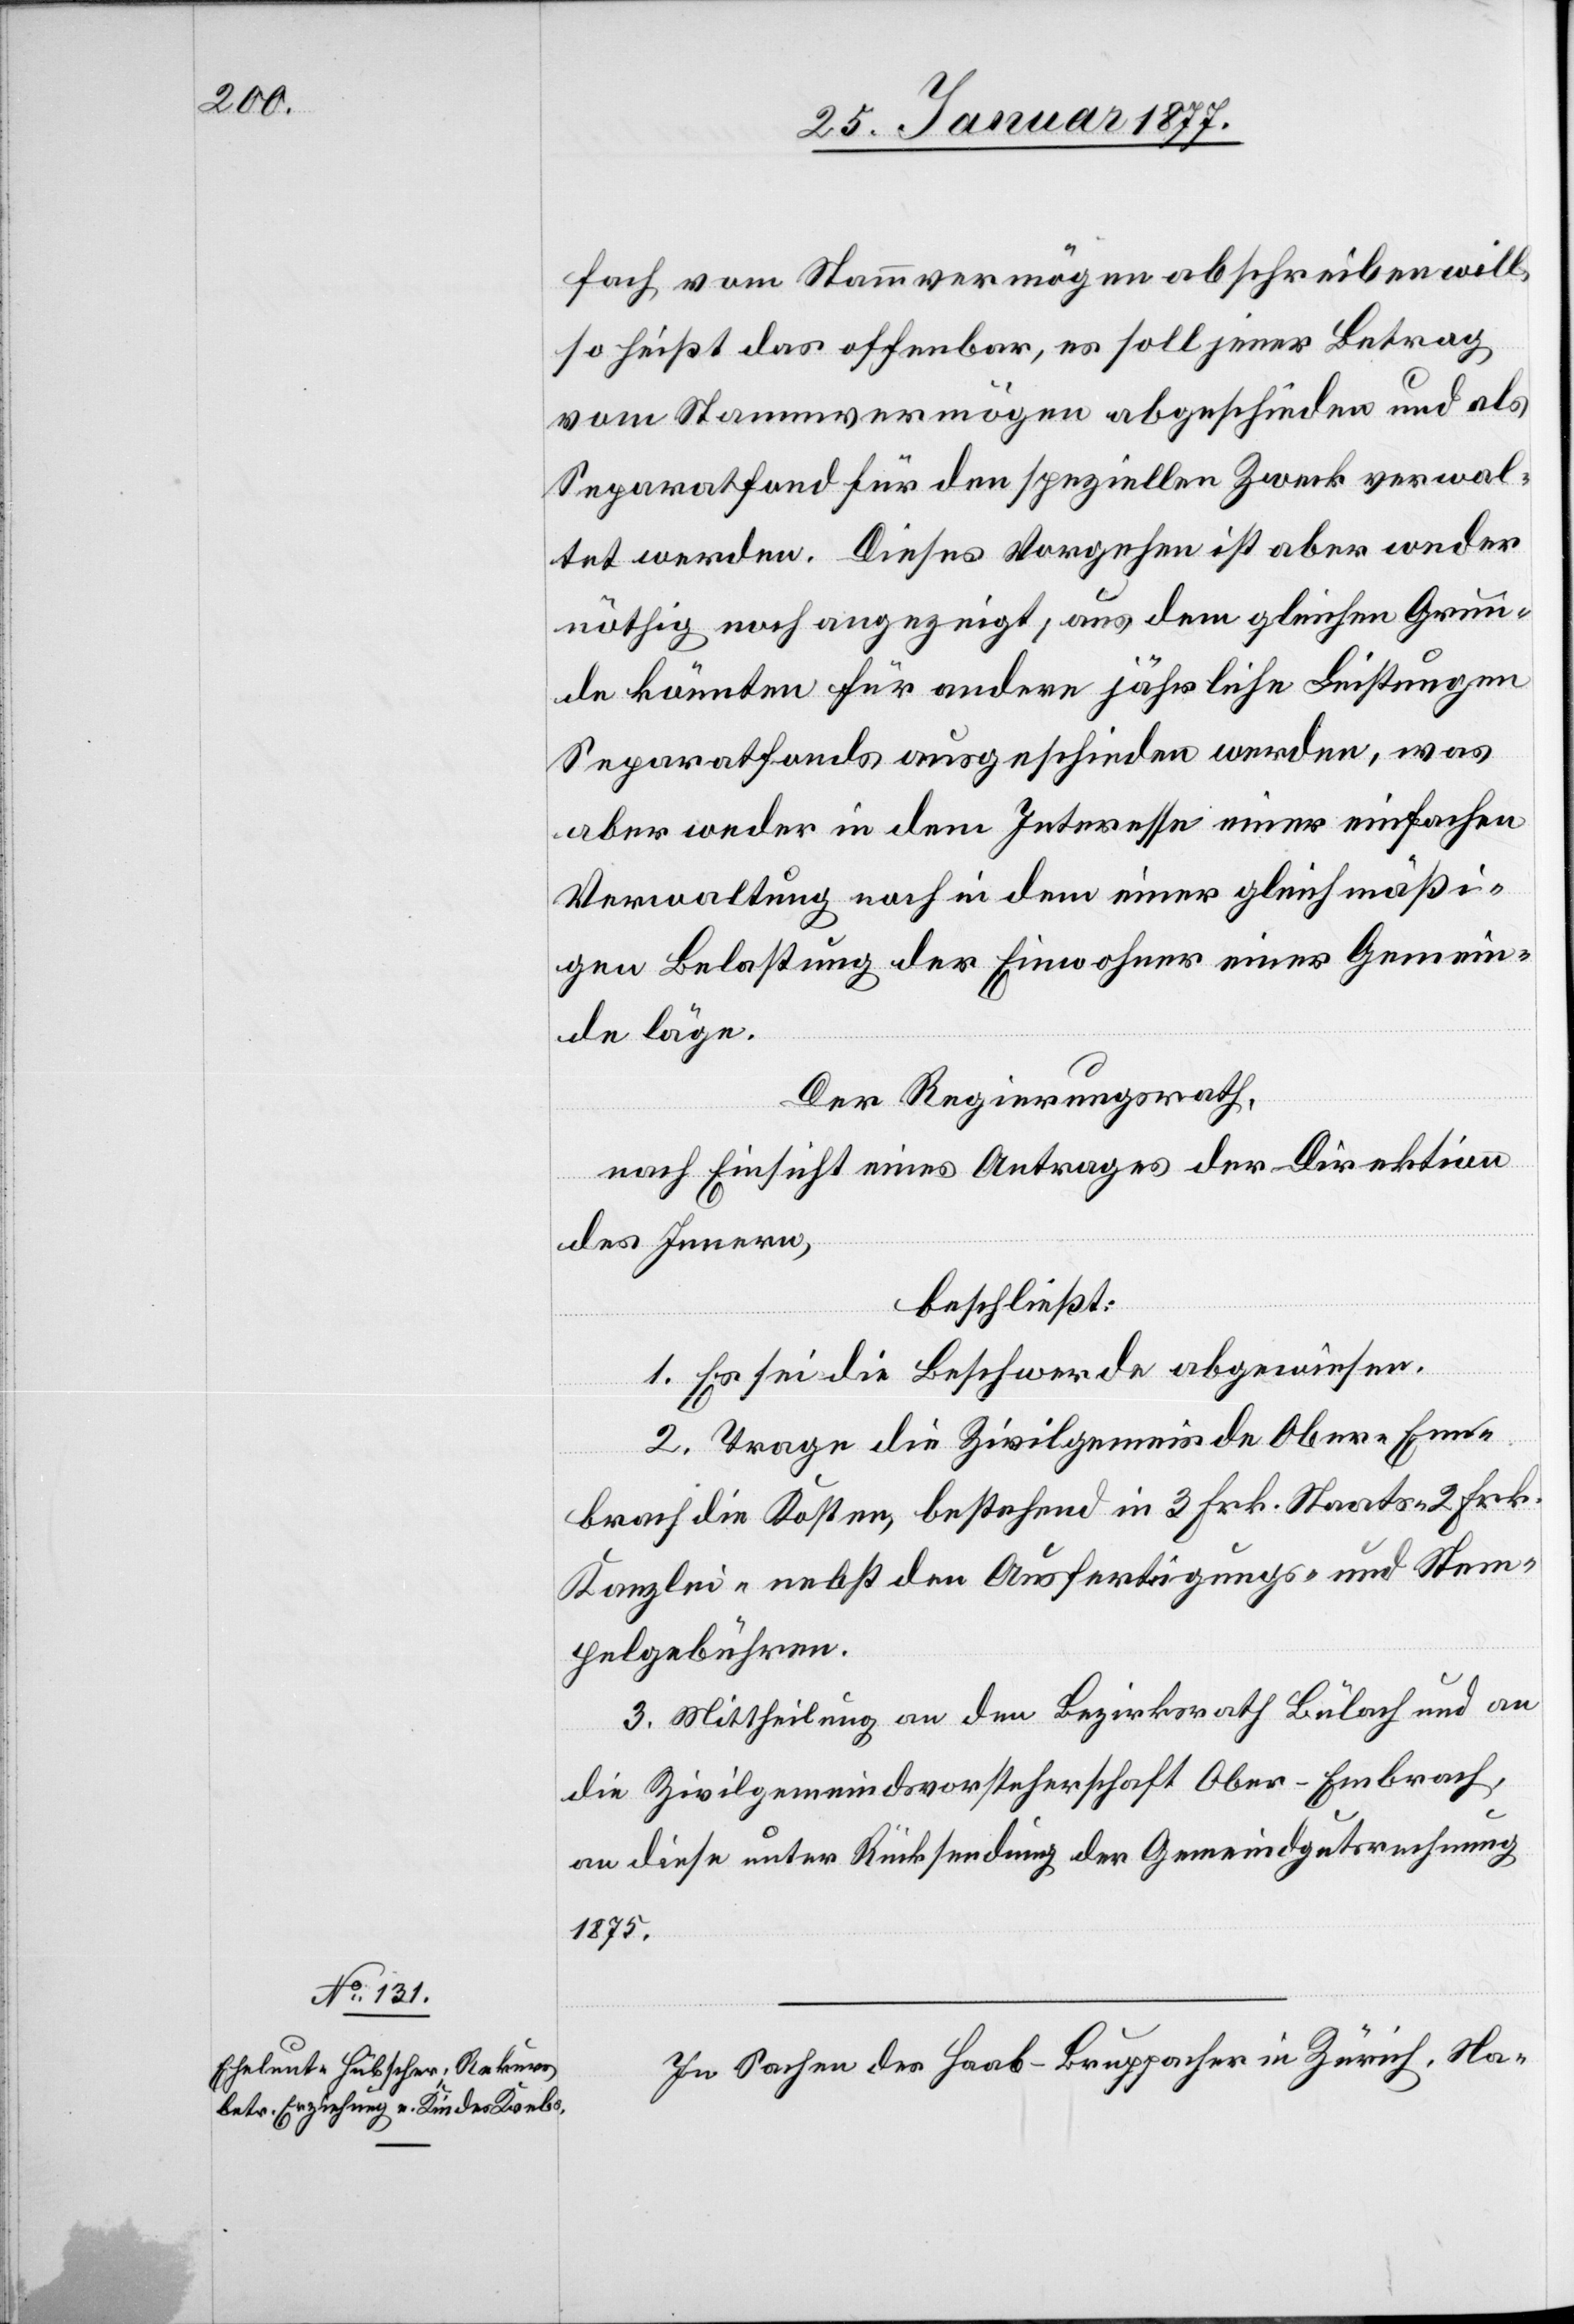
fach vom Stammvermögen abschreiben will,
so heißt das offenbar, es soll jener Betrag
vom Stammvermögen abgeschieden und als
Separatfond für den speziellen Zweck verwal¬
tet werden. Dieses Vorgehen ist aber weder
nöthig noch angezeigt, aus dem gleichen Grun¬
de könnten für andere jährliche Leistungen
Separatfonds ausgeschieden werden, was
aber weder in dem Interesse einer einfachen
Verwaltung noch in dem einer gleichmäßi¬
gen Belastung der Einwohner einer Gemein¬
de läge.
Der Regierungsrath,
nach Einsicht eines Antrages der Direktion
des Innern,
beschließt:
1. Es sei die Beschwerde abgewiesen.
2. Trage die Zivilgemeinde Ober-Em¬
brach die Kosten, bestehend in 3 Frk. Staats-[,] 2 Frk.
Kanzlei- nebst den Ausfertigungs- und Stem¬
pelgebühren.
3. Mittheilung an den Bezirksrath Bülach und an
die Zivilgemeindsvorsteherschaft Ober-Embrach,
an diese unter Rücksendung der Gemeindgutsrechnung
1875.
In Sachen des Haab-Bruppacher in Zürich, Na-